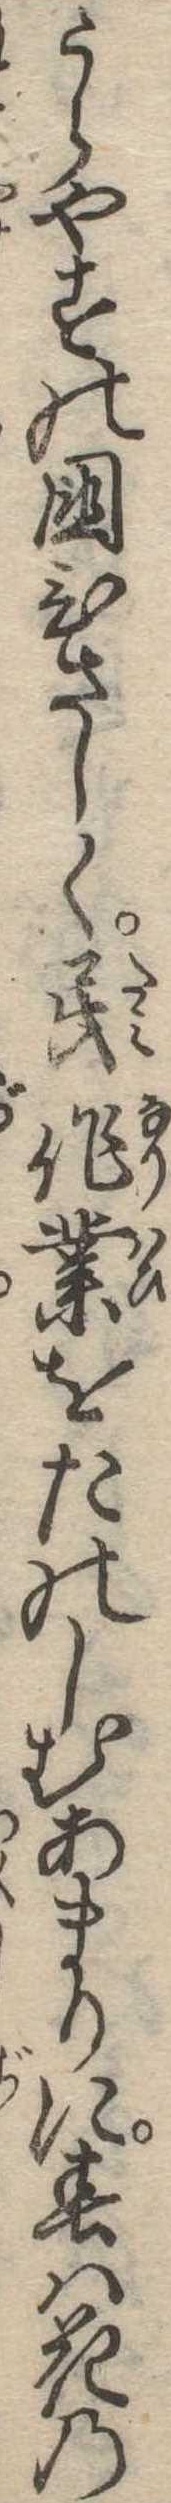
うらやすの国ひさしく民作業をたのしむあまりに春は花の